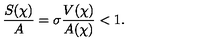
\frac { S ( \chi ) } { A } = \sigma \frac { V ( \chi ) } { A ( \chi ) } < 1 .